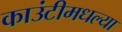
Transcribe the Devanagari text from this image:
काउंटीमधल्या